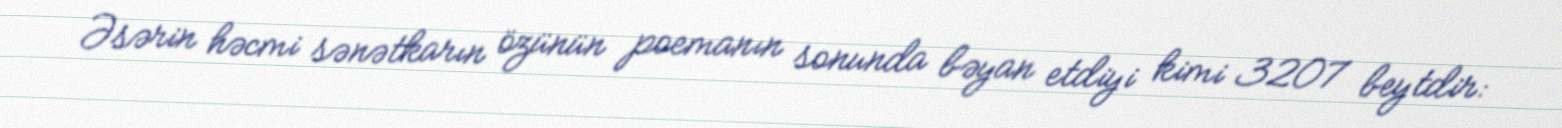
Əsərin həcmi sənətkarın özünün poemanın sonunda bəyan etdiyi kimi 3207 beytdir: